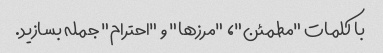
با کلمات "مطمئن"، "مرزها" و "احترام" جمله بسازید.